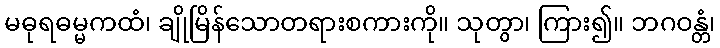
မဓုရဓမ္မကထံ၊ ချိုမြိန်သောတရားစကားကို။ သုတွာ၊ ကြား၍။ ဘဂဝန္တံ၊